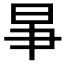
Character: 𣌦